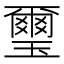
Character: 璽